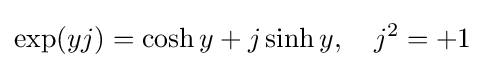
\exp(yj)=\cosh y+j\sinh y,\quad j^{2}=+1